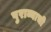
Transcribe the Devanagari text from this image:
पुराव्याची